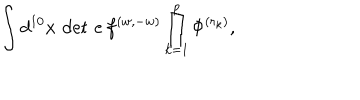
{ \int d ^ { 1 0 } x \, \det \, e \, f ^ { ( w , - w ) } \prod _ { k = 1 } ^ { p } \Phi ^ { ( r _ { k } ) } , }